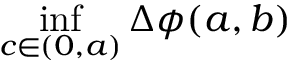
\operatorname* { i n f } _ { c \in ( 0 , a ) } \Delta \phi ( a , b )